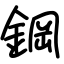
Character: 鋼